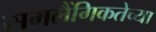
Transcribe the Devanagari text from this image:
समलैंगिकतेच्या